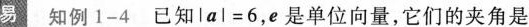
易 知例1-4已知$$lal=6$$，e是单位向量，它们的夹角是